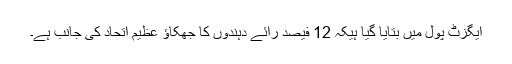
ایگزٹ پول میں بتایا گیا ہیکہ 12 فیصد رائے دہندوں کا جھکاؤ عظیم اتحاد کی جانب ہے۔